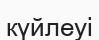
күйлеуі